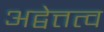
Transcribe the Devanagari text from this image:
अद्वेत्तत्व